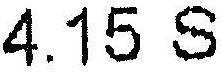
4.15 S